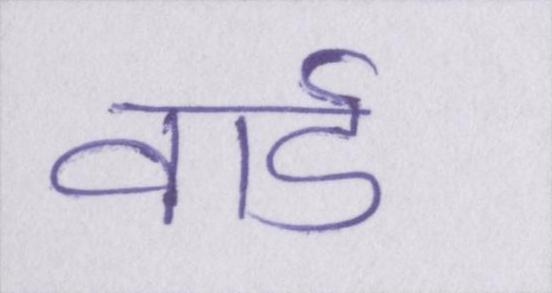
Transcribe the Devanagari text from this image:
वार्ड